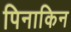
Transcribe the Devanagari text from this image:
पिनाकिन